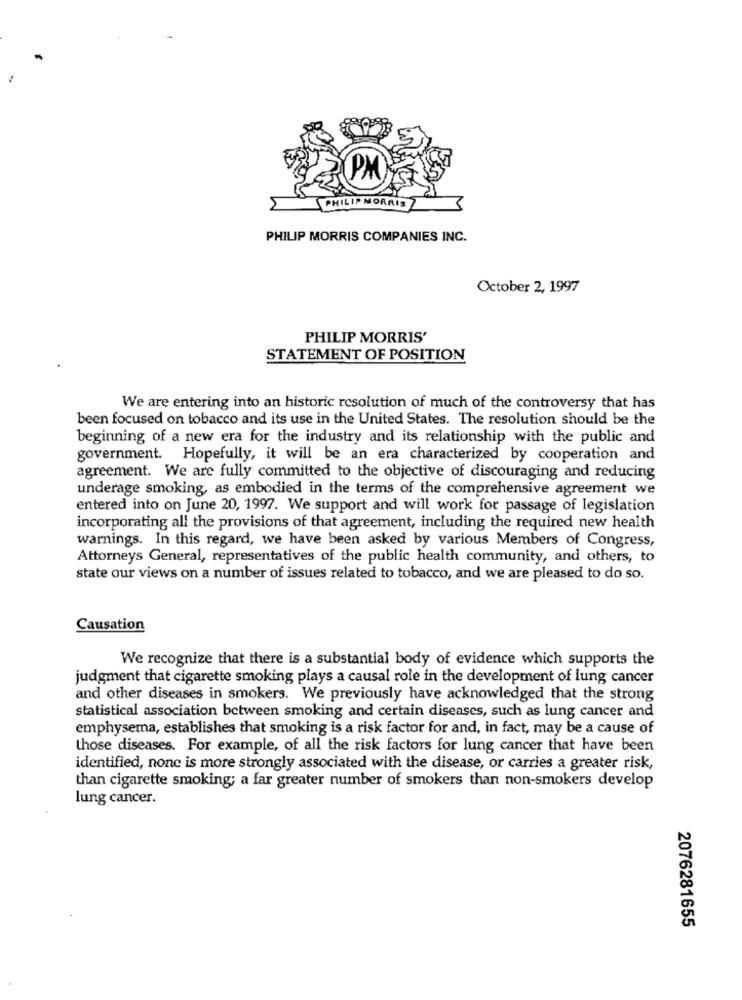
PM
5
PHILIP MORRIS
PHILIP MORRIS COMPANIES INC.
October 2, 1997
PHILIP MORRIS'
STATEMENT OF POSITION
We are entering into an historic resolution of much of the controversy that has
been focused on tobacco and its use in the United States. The resolution should be the
beginning of a new era for the industry and its relationship with the public and
government. Hopefully, it will be an era characterized by cooperation and
agreement. We are fully committed to the objective of discouraging and reducing
underage smoking, as embodied in the terms of the comprehensive agreement we
entered into on June 20, 1997. We support and will work for passage of legislation
incorporating all the provisions of that agreement, including the required new health
warnings. In this regard, we have been asked by various Members of Congress,
Attorneys General, representatives of the public health community, and others, to
state our views on a number of issues related to tobacco, and we are pleased to do so.
Causation
We recognize that there is a substantial body of evidence which supports the
judgment that cigarette smoking plays a causal role in the development of lung cancer
and other diseases in smokers. We previously have acknowledged that the strong
statistical association between smoking and certain diseases, such as lung cancer and
emphysema, establishes that smoking is a risk factor for and, in fact, may be a cause of
those diseases. For example, of all the risk factors for lung cancer that have been
identified, nonc is more strongly associated with the disease, or carries a greater risk,
than cigarette smoking; a far greater number of smokers than non-smokers develop
lung cancer.
2076281655